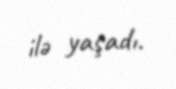
ilə yaşadı.